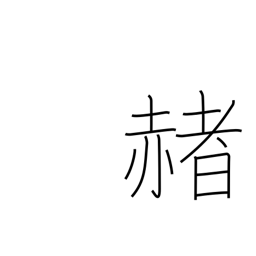
Meaning: red